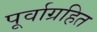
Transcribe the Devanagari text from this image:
पूर्वाग्रहित